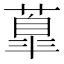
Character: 𦺆